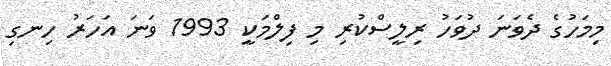
މިމަހުގެ ދެވަނަ ދުވަހު ރިލީސްކުރި މި ފިލްމަކީ 1993 ވަނަ އަހަރު ހިނގި